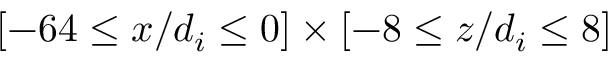
[ - 6 4 \leq x / d _ { i } \leq 0 ] \times [ - 8 \leq z / d _ { i } \leq 8 ]